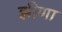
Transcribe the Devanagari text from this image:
झीणा